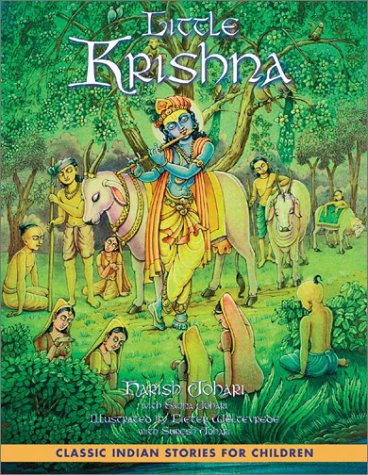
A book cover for Little Krishna; Harish Johari; Children's Books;